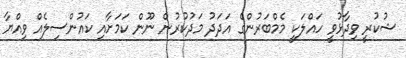
ޝުކުރީ ވިދާޅުވީ ހައްލަކީ މެމްބަރުންގެ އަދަދު މަދުކުރުން ނޫން ކަމަށާއި ކައުންސިލެއް ވިއްޔާ